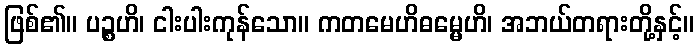
ဖြစ်၏။ ပဉ္စဟိ၊ ငါးပါးကုန်သော။ ကတမေဟိဓမ္မေဟိ၊ အဘယ်တရားတို့နှင့်။